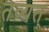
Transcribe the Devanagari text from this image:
तव्यत्